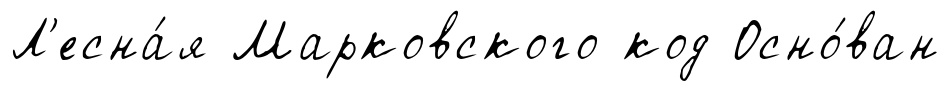
Л'есна́я Марковского код Осно́ван